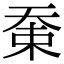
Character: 𡘸